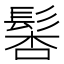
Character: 𩭖